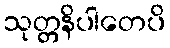
သုတ္တနိပါတေပိ